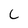
Character: C